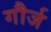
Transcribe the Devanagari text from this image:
गौर्ज